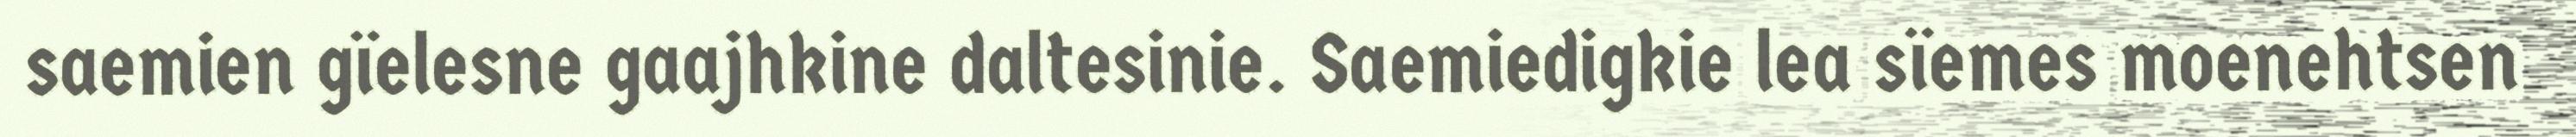
saemien gïelesne gaajhkine daltesinie. Saemiedigkie lea sïemes moenehtsen